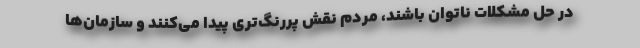
در حل مشکلات ناتوان باشند، مردم نقش پررنگ‌تری پیدا می‌کنند و سازمان‌ها